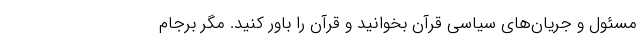
مسئول و جریان‌های سیاسی قرآن بخوانید و قرآن را باور کنید. مگر برجام